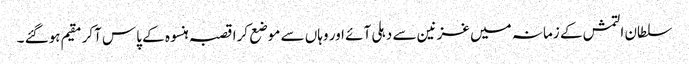
سلطان التمش کے زمانہ میں غزنین سے دہلی آئے اور وہاں سے موضع کرا قصبہ ہنسوہ کے پاس آکر مقیم ہوگئے ۔